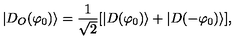
| D _ { O } ( \varphi _ { 0 } ) \rangle = \frac { 1 } { \sqrt { 2 } } [ | D ( \varphi _ { 0 } ) \rangle + | D ( - \varphi _ { 0 } ) \rangle ] ,